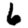
Digit: 6